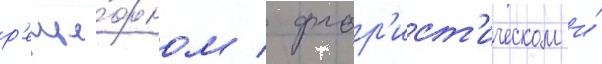
р'елье́фном / флор'ист'ическом и́